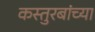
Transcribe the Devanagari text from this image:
कस्तुरबांच्या